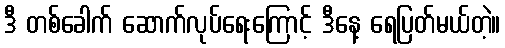
ဒီ တစ်ခေါက် ဆောက်လုပ်ရေးကြောင့် ဒီနေ့ ရေပြတ်မယ်တဲ့။